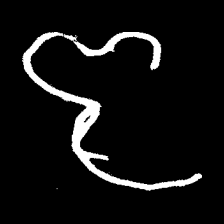
Pyu character \u2014 Myanmar letter: ဇ (romanized: ja)